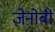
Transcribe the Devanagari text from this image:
ज़ेनोबी